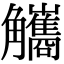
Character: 觿